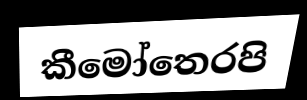
කීමෝතෙරපි